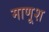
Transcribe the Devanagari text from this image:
माणूश